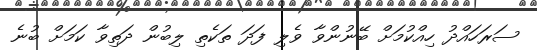
ސަރަހައްދު ހިއްކުމަށް ބޭނުންވާ ވެލި ފަދަ ތަކެތި ލިބުން ދަތިވާ ކަމަށް ބުނެ